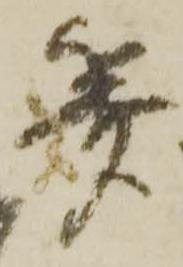
算